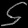
Digit: ၄